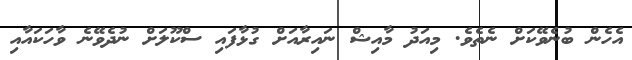
އެހެން ބުނެވޭކަށް ނެތެވެ. މިއަދު މާއިޝް ނައިރާއަށް ގުޅާފައި ސްކޫލަށް ނުދެވޭނެ ވާހަކައާއި